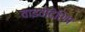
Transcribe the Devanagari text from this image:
वाइवोदेशिप